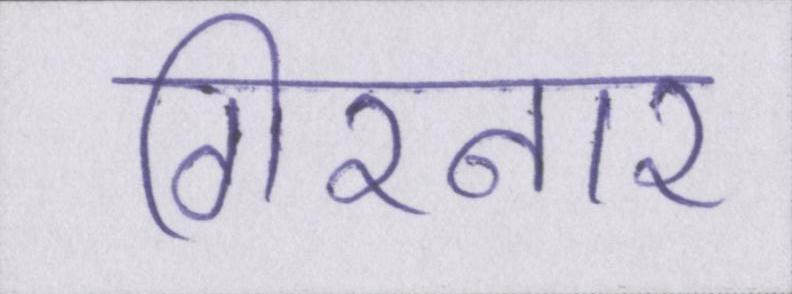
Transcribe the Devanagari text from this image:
गिरनार